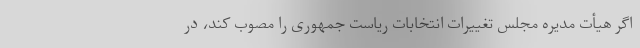
اگر هیأت مدیره مجلس تغییرات انتخابات ریاست جمهوری را مصوب کند، در